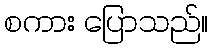
စကား ပြောသည်။